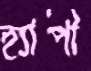
হ্যাপী